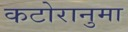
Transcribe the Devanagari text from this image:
कटोरानुमा